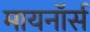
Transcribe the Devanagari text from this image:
मायनॉर्स